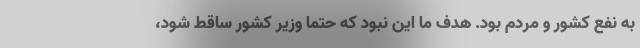
به نفع کشور و مردم بود. هدف ما این نبود که حتما وزیر کشور ساقط شود،